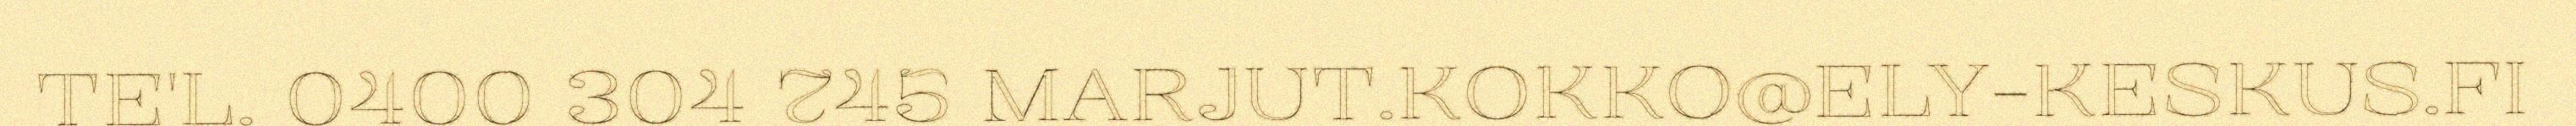
TE'L. 0400 304 745 MARJUT.KOKKO@ELY-KESKUS.FI